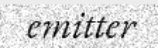
emitter